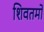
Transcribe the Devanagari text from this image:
शिवतमो